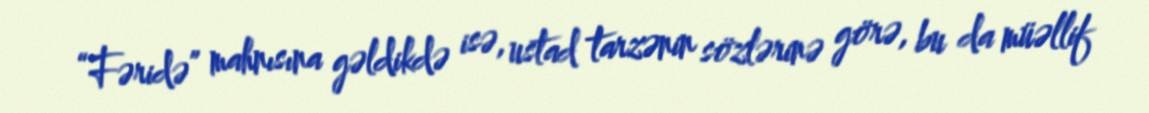
“Fəridə” mahnısına gəldikdə isə, ustad tarzənin sözlərinə görə, bu da müəllif